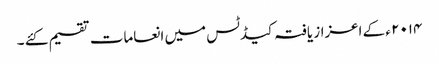
۲۰۱۴ ء کے اعزاز یافتہ کیڈٹس میں انعامات تقسیم کئے ۔